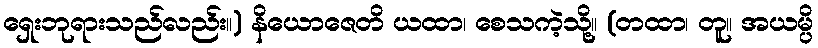
ရှေးဘုရားသည်လည်း။) နိယောဇေတိ ယထာ၊ စေသကဲ့သို့။ (တထာ၊ တူ။ အယမ္ပိ